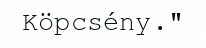
Köpcsény."